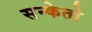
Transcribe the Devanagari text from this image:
सन्केतो